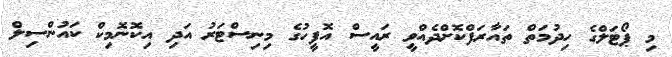
މި ޕޯޓަލްގެ ހިދުމަތް ތައާރަފްކޮށްދެއްވީ ރައީސް އޮފީހުގެ މިނިސްޓަރު އަދި އިކޮނޮމިކް ކައުންސިލް